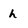
Character: h